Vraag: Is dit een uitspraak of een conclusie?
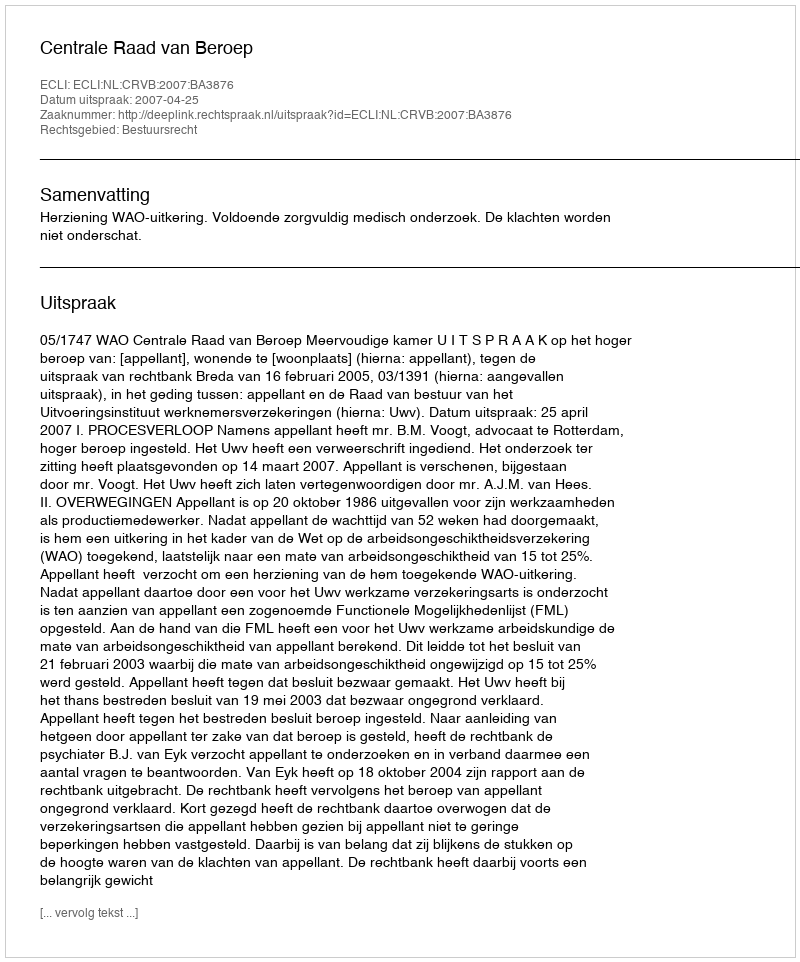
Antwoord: Uitspraak